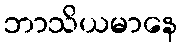
ဘာသိယမာနေ